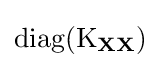
\operatorname {diag} (\operatorname {K} _{\mathbf {X} \mathbf {X} })